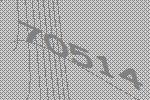
70514